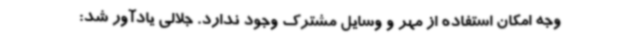
وجه امکان استفاده از مهر و وسایل مشترک وجود ندارد. جلالی یادآور شد: